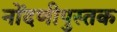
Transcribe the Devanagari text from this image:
नोंदणीपुस्तक